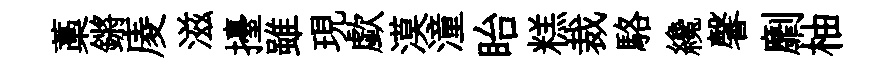
藁鏘庱滋擡雖現歔漠潼眙糕裁駱纔馨劘柚